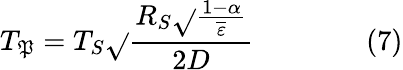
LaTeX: T_{\mathfrak{P}}=T_{S}{\sqrt{}{{\frac{{R_{S}{\sqrt{}{{\frac{{1-\alpha}}{{\overline{{{\varepsilon}}}}}}}}}}{{2D}}}}}\qquad\qquad(7)